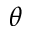
\theta